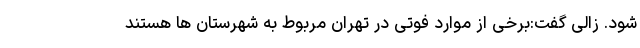
شود. زالی گفت:برخی از موارد فوتی در تهران مربوط به شهرستان ها هستند